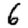
Digit: 6